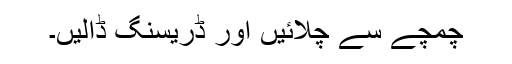
چمچے سے چلائیں اور ڈریسنگ ڈالیں۔